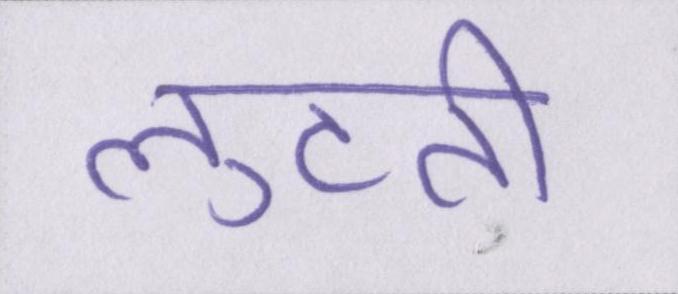
लुटती